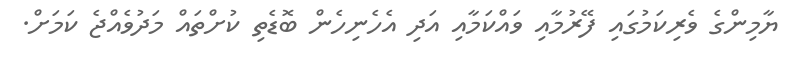
ޔާމިންގެ ވެރިކަމުގައި ފޭރުމާއި ވައްކަމާއި އަދި އެހެނިހެން ބޮޑެތި ކުށްތައް މަދުވެއްޖެ ކަމަށް.